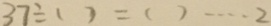
3 7 \div ( ) = ( ) \cdots 2